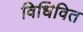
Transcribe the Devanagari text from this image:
विधिवित